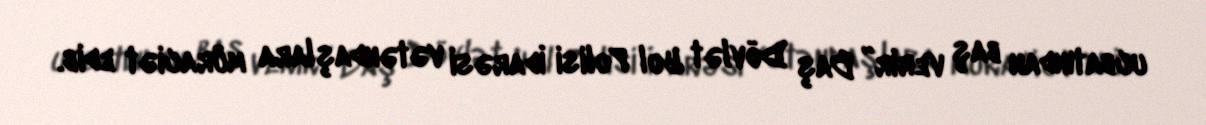
ucbatından baş verir” Baş Dövlət Yol Polisi İdarəsi vətəndaşlara müraciət edib.